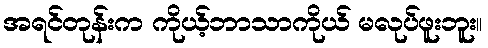
အရင်တုန်းက ကိုယ့်ဘာသာကိုယ် မလုပ်ဖူးဘူး။